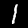
Label: 1